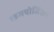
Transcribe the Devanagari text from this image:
कमपोजिशन